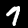
Label: 7